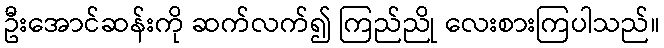
ဦးအောင်ဆန်းကို ဆက်လက်၍ ကြည်ညို လေးစားကြပါသည်။